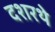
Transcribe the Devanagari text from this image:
दशरथे